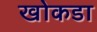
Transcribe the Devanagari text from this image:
खोकडा